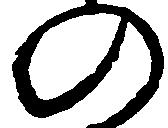
の